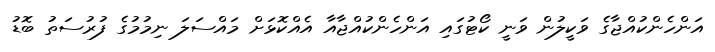
އަންހެންކުއްޖާގެ ވަކީލުން ވަނީ ކޯޓުގައި އަންހެންކުއްޖާއާ އެއްކޮޅަށް މައްސަލަ ނިމުމުގެ ފުރުސަތު ބޮޑު